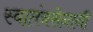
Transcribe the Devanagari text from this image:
स्वातंत्रसेनानी